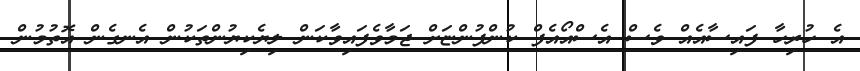
އެ ހުރިހާ ފައިސާއެއް ވެސް އެސްއޯއެފް ކުންފުންޏަށް ޖަމާވެފައިވާކަން ލިޔެކިޔުންތަކުން އެނގެން އޮތުމުން